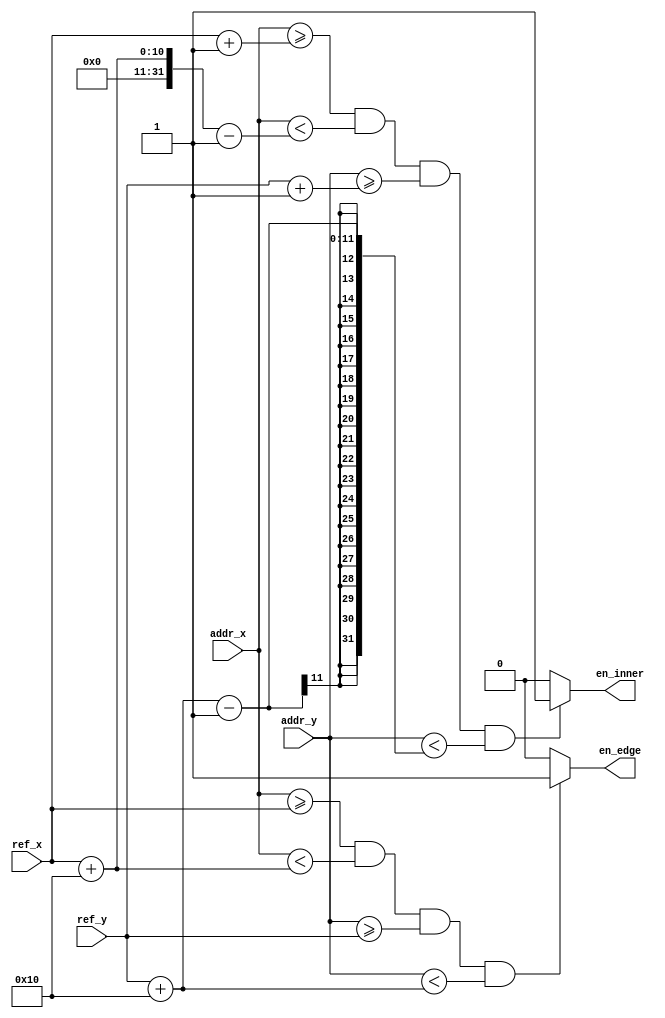
module block(
    input [9:0] addr_x, addr_y,
    input [9:0] ref_x, ref_y,
    output en_inner, en_edge
    );

    parameter size = 16;

    assign en_inner = (addr_x >= ref_x+1 && addr_x < ref_x + size-1 && 
                    addr_y >= ref_y+1 && addr_y < ref_y + size-1) ? 1 : 0;

    assign en_edge  = (addr_x >= ref_x && addr_x < ref_x + size && 
                    addr_y >= ref_y && addr_y < ref_y + size) ? 1 : 0;

    // assign en_edge = ((addr_x == ref_x || addr_x == ref_x + size-1) && 
    //                 addr_y >= ref_y && addr_y < ref_y + size) || 
    //                 ((addr_y == ref_y || addr_y == ref_y + size-1) && 
    //                 addr_x >= ref_x && addr_x < ref_x + size) ? 1 : 0;

endmodule